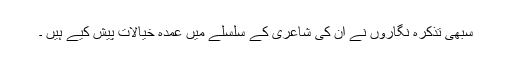
سبھی تذکرہ نگاروں نے ان کی شاعری کے سلسلے میں عمدہ خیالات پیش کیے ہیں ۔